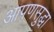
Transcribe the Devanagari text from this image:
आपणसुद्धा